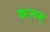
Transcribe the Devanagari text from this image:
फास्टस्